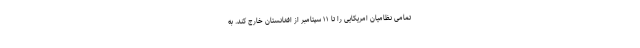
تمامی نظامیان امریکایی را تا ۱۱ سپتامبر از افغانستان خارج کند. به